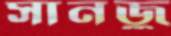
সানজু